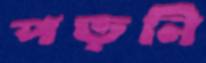
পড়নি